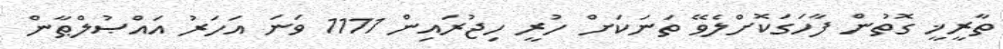
ތާރީޚީ ގޮތުން ފާހަގަކޮށްލެވޭ ތަނަކަށް ހުރީ ހިޖުރައިން 1111 ވަނަ އަހަރު އައްޞުލްޠާން